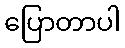
ပြောတာပါ